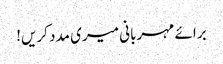
برائے مہربانی میری مدد کریں!